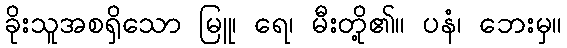
ခိုးသူအစရှိသော မြူ၊ ရေ၊ မီးတို့၏။ ပနံ၊ ဘေးမှ။